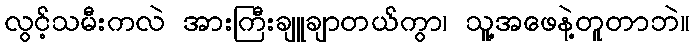
လွင့်သမီးကလဲ အားကြီးချူချာတယ်ကွာ၊ သူ့အဖေနဲ့တူတာဘဲ။